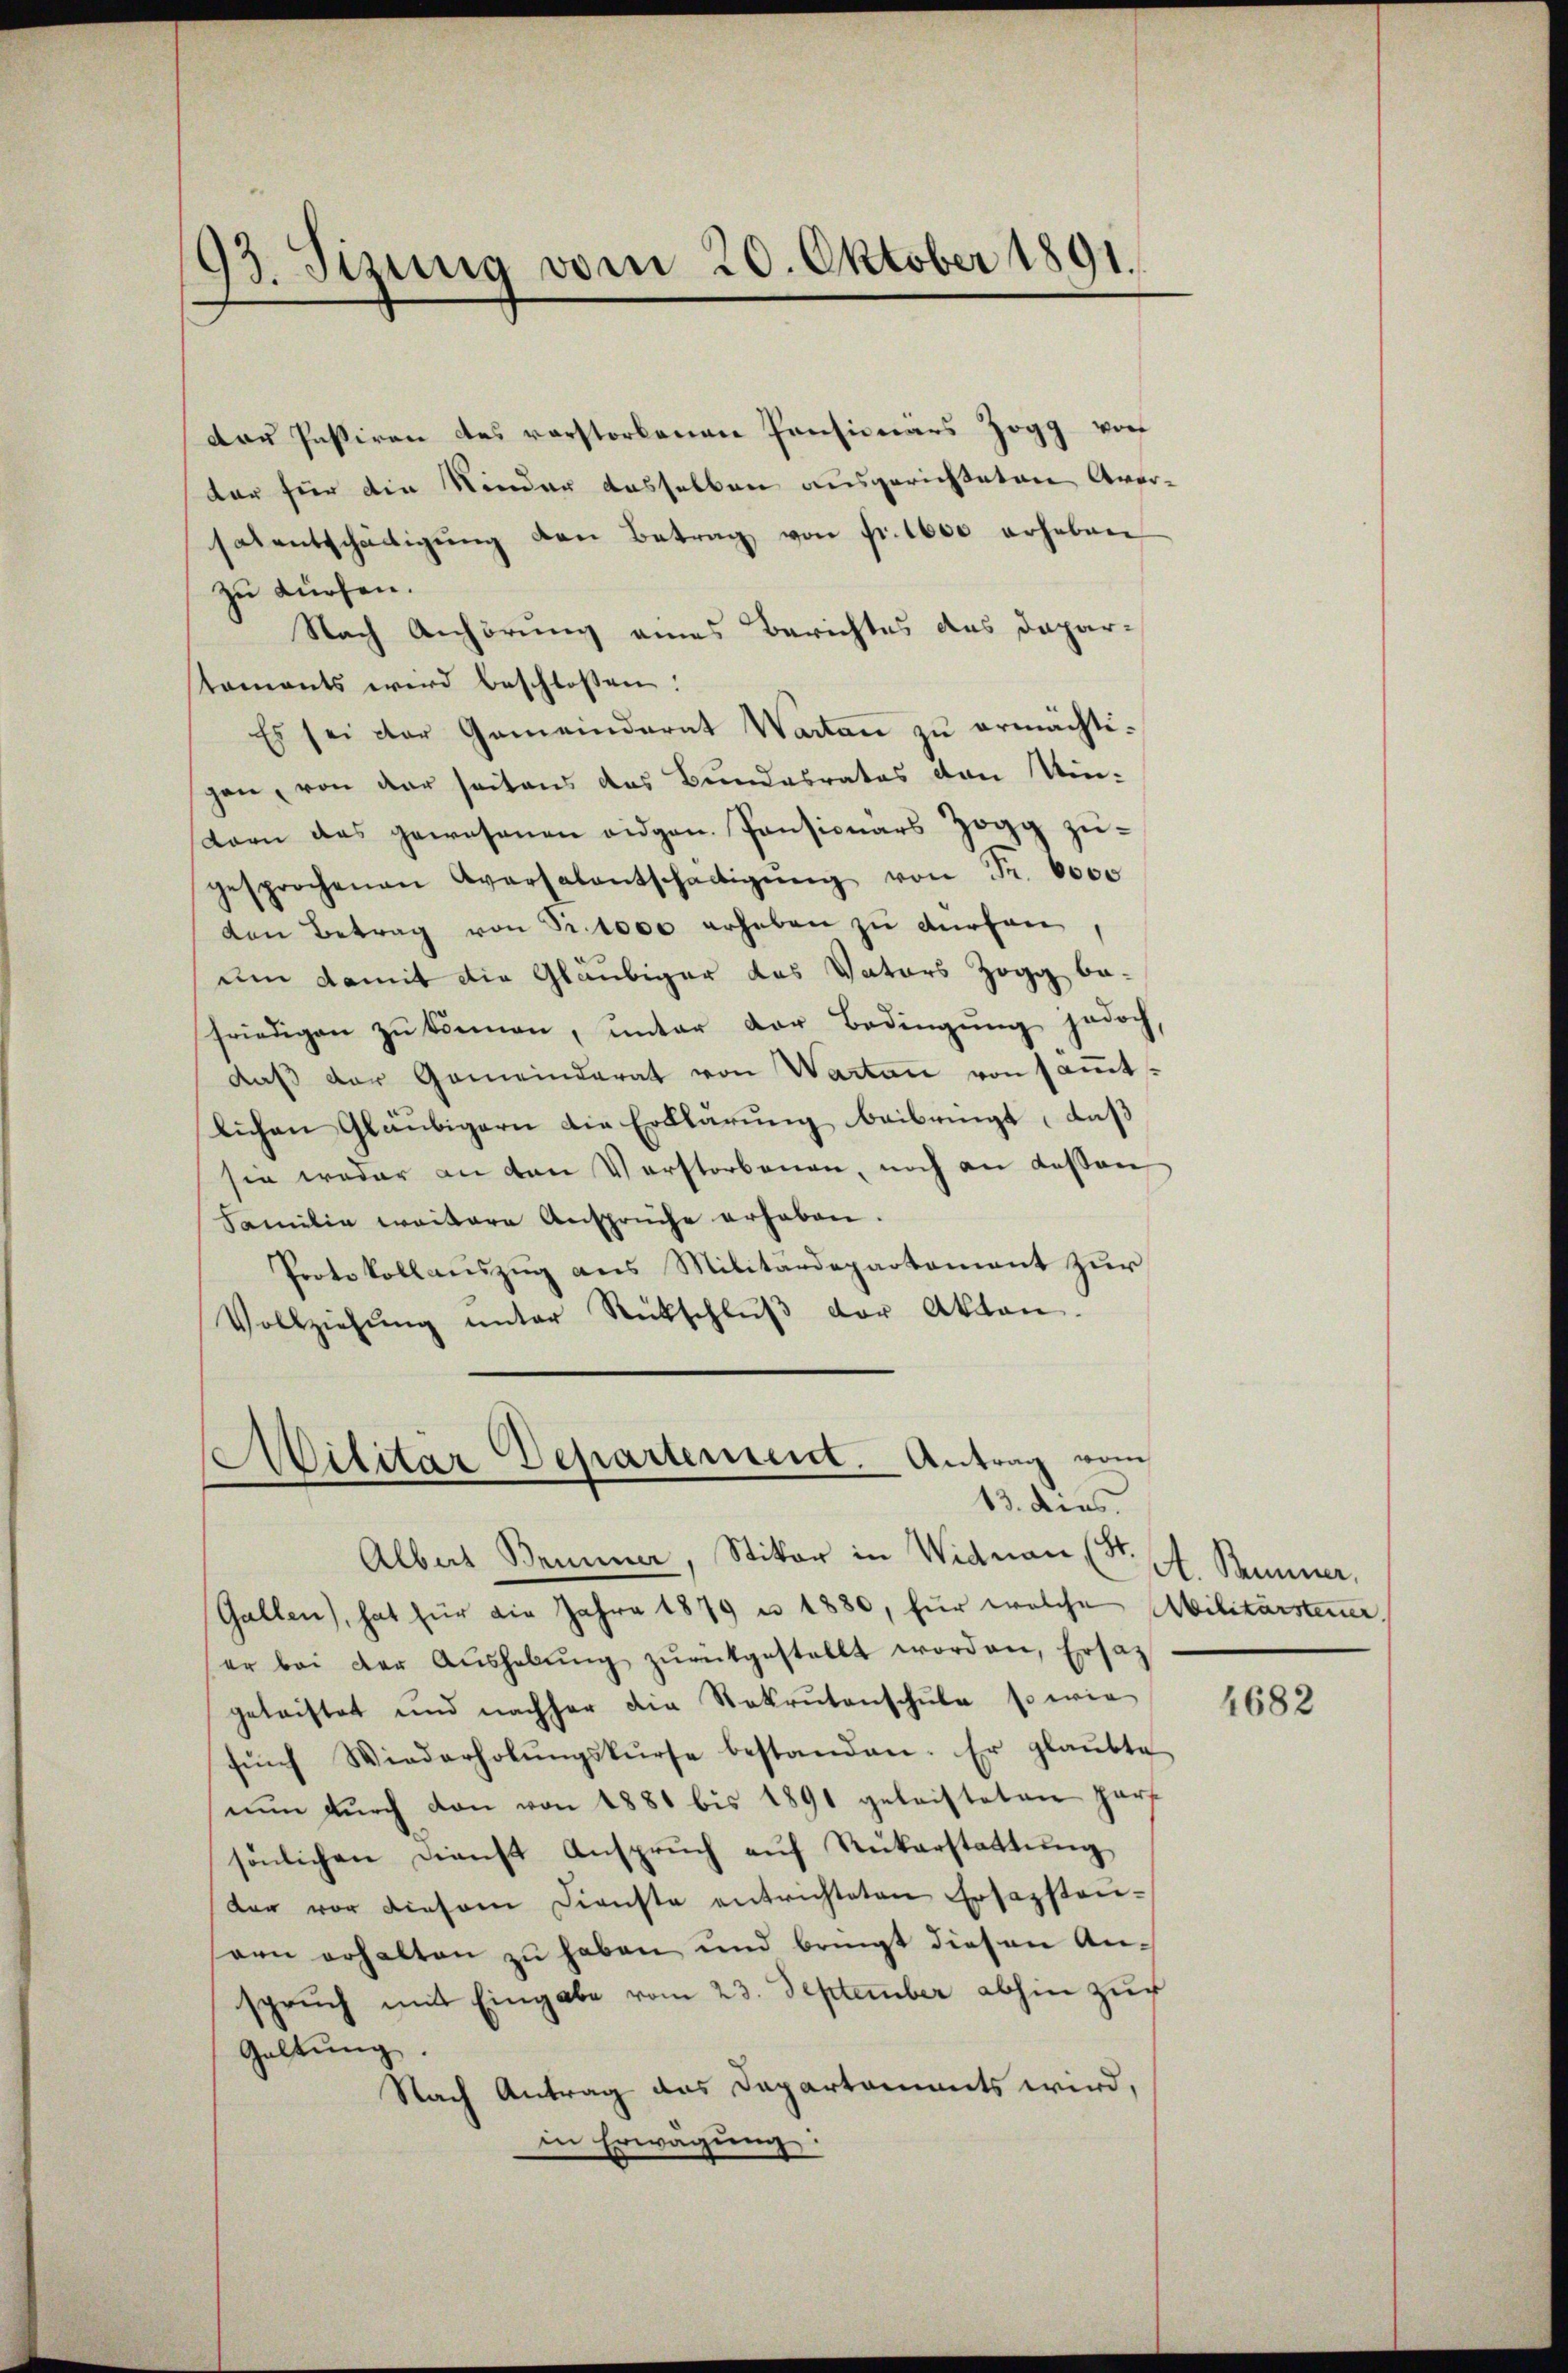
193. Sizung vom 20. Oktober 1891.

dau Passiren des vorstorbenen Pensionärs Zogg von
tar für die Kinder dasselben ausgerichteten Aversatentschädigŭng den Betrag von Fr. 1600 erheben
zu dürfen.
Nach Anhörung eines Berichtes des Dapar-
taments wird beschlossen:
Es sei der Gemeinderat Warten zŭ ermächtigan, von der seitens das Bundesrates von Windorn das gewesenen eidgen. Pensionärs Zogg zugesprochenen Aversalentschädigŭng von Fr. 6000
den Betrag von Sr. 1000 erheben zu dürfen,
um damit die Gläubiger das Vaters Zogg be-
friedigen zŭ können, unter der Bedingung jedoch,
daß der Gemeinderat von Warten von sammtlichen Gläubigern die Erklärŭng beibringt, daß
sie weder an den Verstorbenen, noch an dessen
Familie weitere Ansprüche erhaben.
Protokollauszug aus Militärdepartement zur
Vollziehŭng ŭnter Rückschlŭβ der Akten.

Militar Departement. Antrag vom
13. dies

Albert Brunner, Stitor in Widnau (St. A. Brunner
Gallen, hat für die Jahre 1879 u 1880, für welche Militärsteuer
er bei der Aŭshabŭng zŭrückgestellt worden, Ersat
geleistet und nachher die Rekrutenschule so wie
fŭnf Wiederholŭngskurse bestanden. Er glaŭbte
nun durch den von 1881 bis 1891 geleisteten zur
sönlichen Dienst Ansprŭch aŭf Rükerstattŭng
dar vor diesem Dienste entrichteten Ersazstan-
sann erhalten zŭ haben und bringt diesen An-
spruch mit Eingabe vom 23. September abhin zur
Galtung.
Nach Antrag das Departaments wird,
in Erwägŭng:

4682